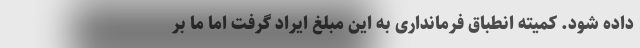
داده شود. کمیته انطباق فرمانداری به این مبلغ ایراد گرفت اما ما بر